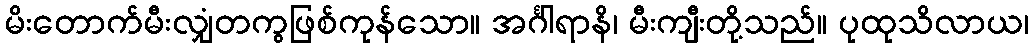
မိးတောက်မီးလျှံတကွဖြစ်ကုန်သော။ အင်္ဂါရာနိ၊ မီးကျီးတို့သည်။ ပုထုသိလာယ၊